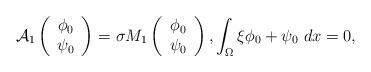
LaTeX: \begin{align*} {\cal A}_1\left( \begin{array}{c}\phi_0 \\ \psi_0 \end{array}\right)=\sigma M_1\left( \begin{array}{c} \phi_0 \\ \psi_0 \end{array} \right), \int_\Omega \xi\phi_0+\psi_0 \ dx=0, \end{align*}